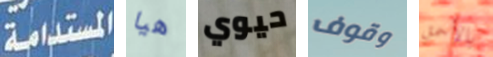
المستدامة هيا حيوي وقوف بالأحمق